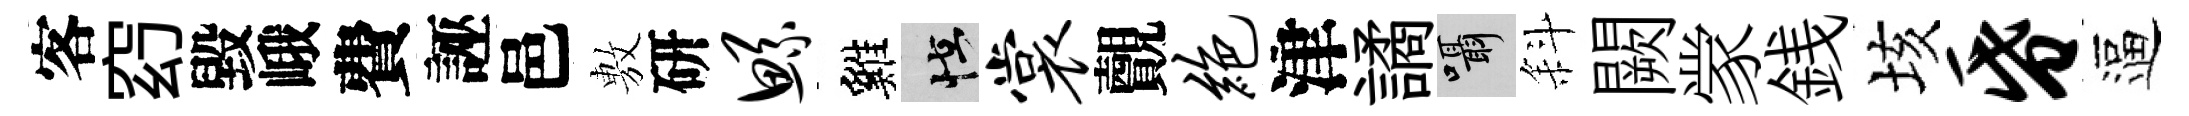
客𥥆毀峨費誣邑𢾾研鲧雞怪裳覿绝津譎囁斜闕䝉銭垓昏逼